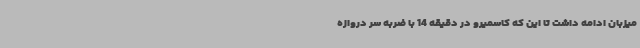
میزبان ادامه داشت تا این که کاسمیرو در دقیقه 14 با ضربه سر دروازه